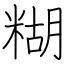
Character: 糊